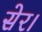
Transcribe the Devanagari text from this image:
सेर।